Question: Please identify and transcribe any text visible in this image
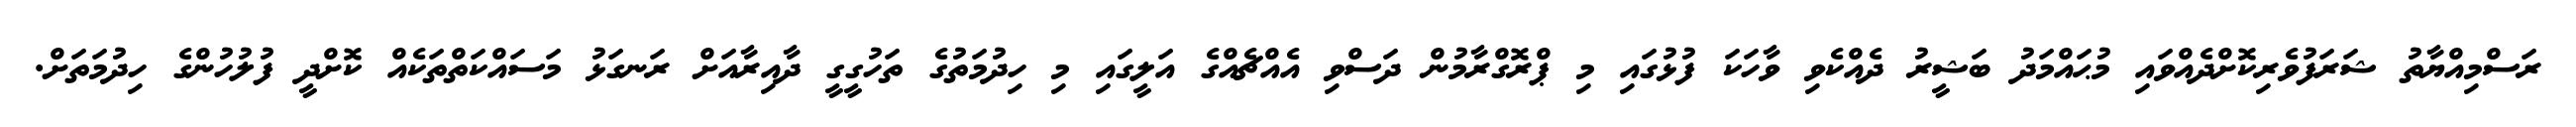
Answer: ރަސްމިއްޔާތު ޝަރަފުވެރިކޮށްދެއްވައި މުޙައްމަދު ބަޝީރު ދެއްކެވި ވާހަކަ ފުޅުގައި މި ޕްރޮގްރާމުން ދަސްވި އެއްޗެއްގެ އަލީގައި މި ހިދުމަތުގެ ތަހުގީގީ ދާއިރާއަށް ރަނގަޅު މަސައްކަތްތަކެއް ކޮށްދީ ފުލުހުންގެ ހިދުމަތަށް.